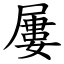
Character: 屢